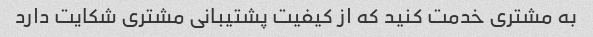
به مشتری خدمت کنید که از کیفیت پشتیبانی مشتری شکایت دارد